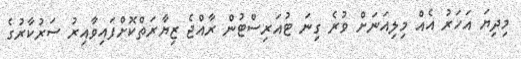
މިދިޔަ އަހަރު އެއް މިލިއަނަށް ވުރެ ގިނަ ޓުއަރިސްޓުން ރާއްޖެ ޒިޔާރަތްކޮށްފައިވާއިރު ސަރުކާރުގެ